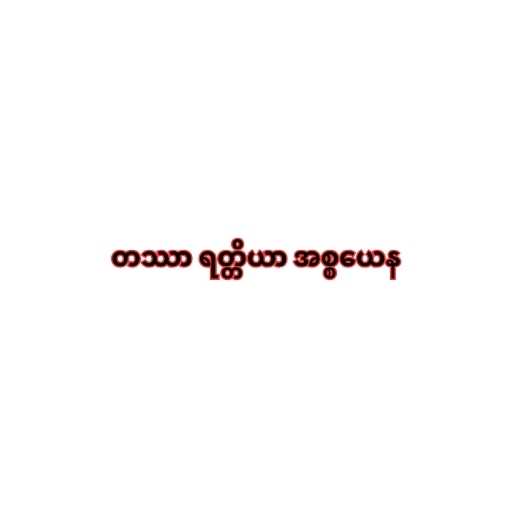
တဿာ ရတ္တိယာ အစ္စယေန